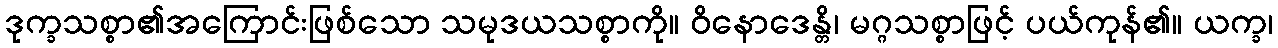
ဒုက္ခသစ္စာ၏အကြောင်းဖြစ်သော သမုဒယသစ္စာကို။ ဝိနောဒေန္တိ၊ မဂ္ဂသစ္စာဖြင့် ပယ်ကုန်၏။ ယက္ခ၊